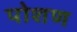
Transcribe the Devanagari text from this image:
पोशण